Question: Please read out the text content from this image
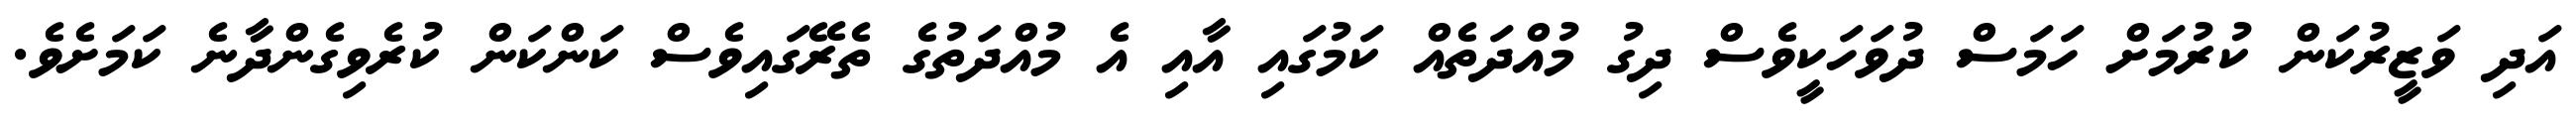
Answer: އަދި ވަޒީރުކަން ކުރުމަށް ހަމަސް ދުވަހަކީވެސް ދިގު މުއްދަތެއް ކަމުގައި އާއި އެ މުއްދަތުގެ ތެރޭގައިވެސް ކަންކަން ކުރެވިގެންދާނެ ކަމަށެވެ.